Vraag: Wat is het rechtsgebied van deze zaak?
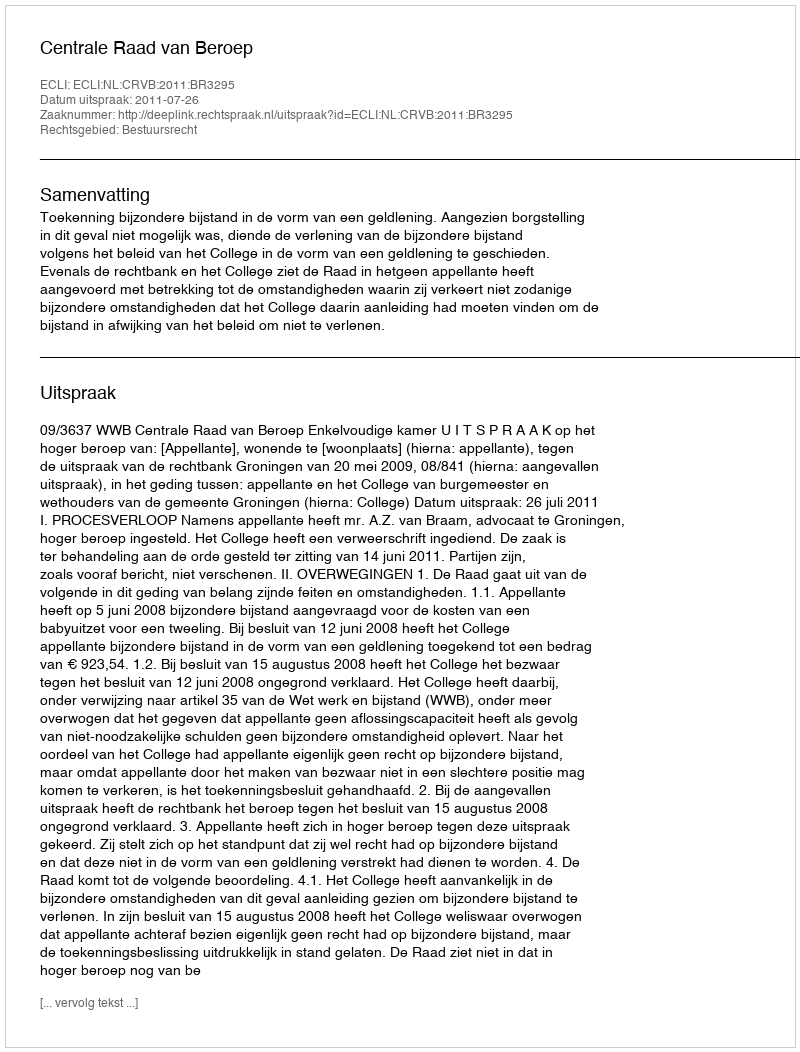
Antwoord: Bestuursrecht